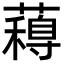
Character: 𮒋